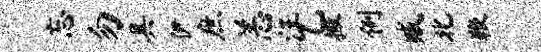
忘勿具伊庶恙汪乙撒例臧北鞭